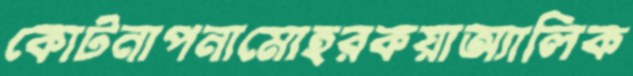
কোটনাপনামোহরকয়াঅ্যালিক